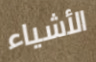
الأشياء